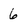
Character: 6